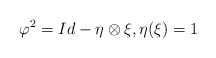
\begin{align*} &\varphi ^{2} =Id-\eta \otimes \xi ,\eta (\xi )=1\end{align*}